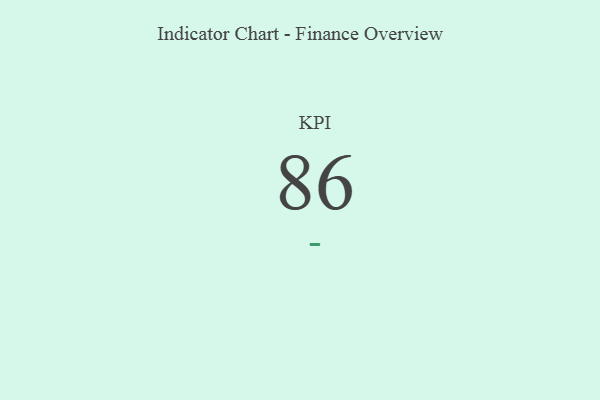
{"axis": {"x": "KPI", "y": "Value"}, "legend": [""], "data": [{"x": "KPI", "y": 86, "type": ""}]}